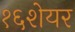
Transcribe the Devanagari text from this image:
१६शेयर